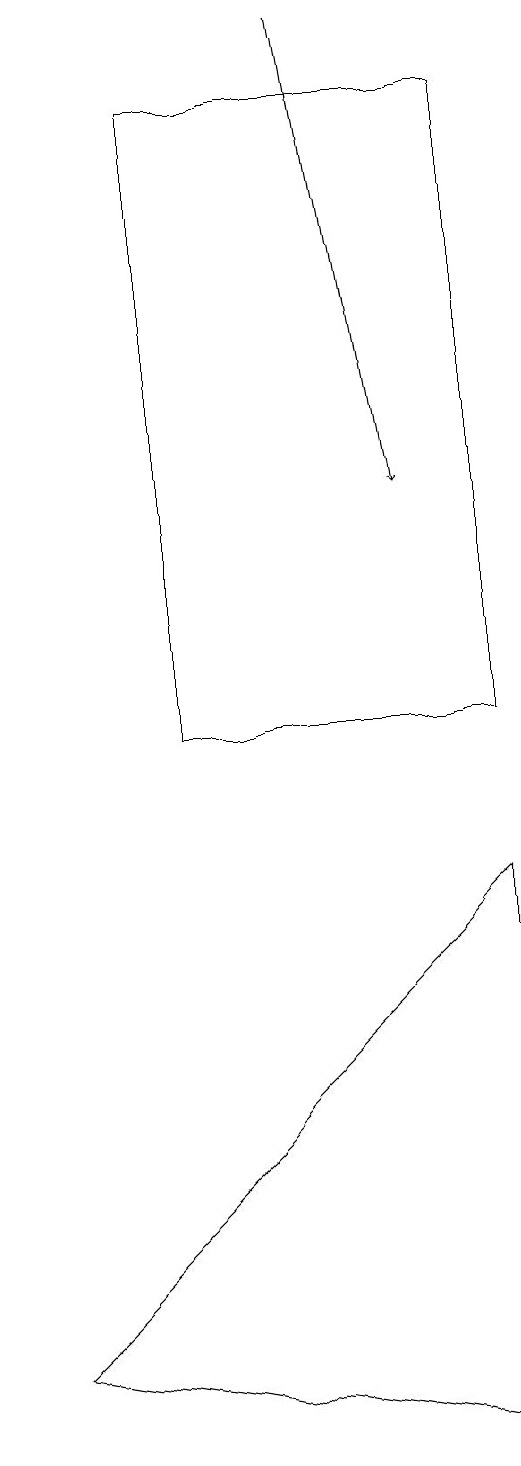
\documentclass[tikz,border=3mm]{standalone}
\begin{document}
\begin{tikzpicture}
\draw (8,8) -- (8,1) -- (2,2) -- cycle;
\draw (8,10) rectangle (4,18);
\draw[->] (6,19) -- (7,13);
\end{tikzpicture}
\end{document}